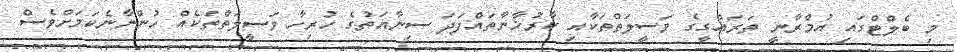
މި ބެލްޓްގައި އުމްރާނީ ތަރައްގީގެ ވަސީލަތްތަކާއި ކާރުޚާނާތައްފަދަ ސިނާއަތުގެ ހުރިހާ ވަސީލަތްތަކެއް ހުންނާނެކަމަށްވެސް